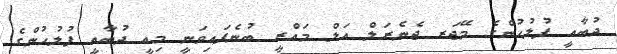
ދުބާއީ ފުލުހުންގެ މޭޖަރ ޖެނެރަލް އަލް މައްރީ ބުނެފައިވަނީ މިއީ ދުބާއީ ފުލުހުންގެ